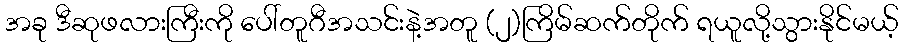
အခု ဒီဆုဖလားကြီးကို ပေါ်တူဂီအသင်းနဲ့အတူ (၂)ကြိမ်ဆက်တိုက် ရယူလို့သွားနိုင်မယ့်